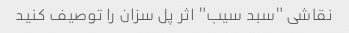
نقاشی "سبد سیب" اثر پل سزان را توصیف کنید